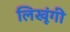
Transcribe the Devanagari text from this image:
लिखूंगी